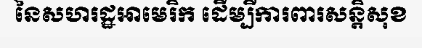
នៃសហរដ្ឋអាមេរិក ដើម្បីការពារសន្តិសុខ